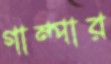
গাম্পার